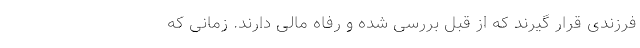
فرزندی قرار گیرند که از قبل بررسی شده و رفاه مالی دارند. زمانی که